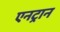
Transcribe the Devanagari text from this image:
एनट्रान